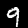
Label: 9